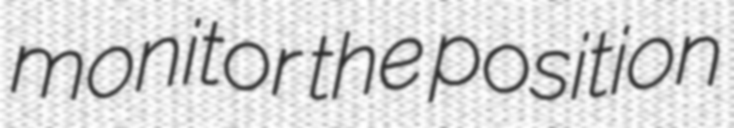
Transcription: monitor the position